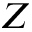
Z